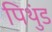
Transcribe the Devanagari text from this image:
पिथुंड